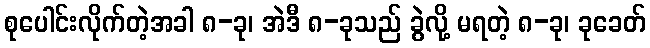
စုပေါင်းလိုက်တဲ့အခါ ၈-ခု၊ အဲဒီ ၈-ခုသည် ခွဲလို့ မရတဲ့ ၈-ခု၊ ခုခေတ်